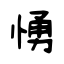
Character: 愑